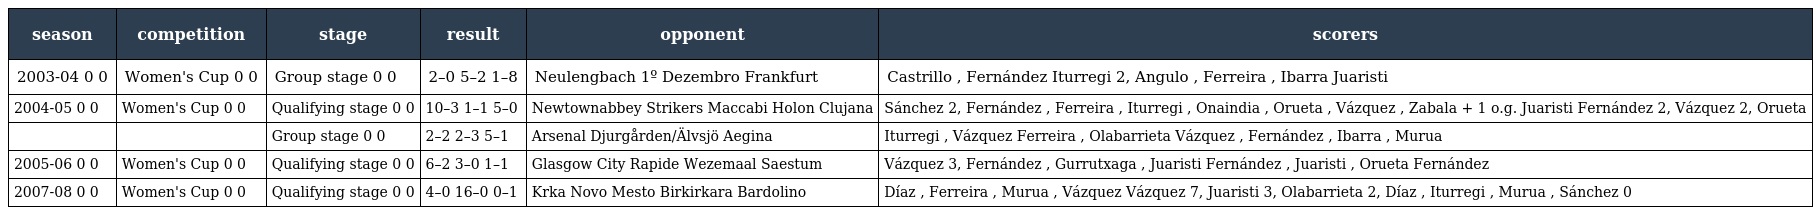
| season | competition | stage | result | opponent | scorers |
 | --- | --- | --- | --- | --- | --- |
 | 2003-04 0 0 | Women's Cup 0 0 | Group stage 0 0 | 2–0 5–2 1–8 | Neulengbach 1º Dezembro Frankfurt | Castrillo , Fernández Iturregi 2, Angulo , Ferreira , Ibarra Juaristi |
 | 2004-05 0 0 | Women's Cup 0 0 | Qualifying stage 0 0 | 10–3 1–1 5–0 | Newtownabbey Strikers Maccabi Holon Clujana | Sánchez 2, Fernández , Ferreira , Iturregi , Onaindia , Orueta , Vázquez , Zabala + 1 o.g. Juaristi Fernández 2, Vázquez 2, Orueta |
 |  |  | Group stage 0 0 | 2–2 2–3 5–1 | Arsenal Djurgården/Älvsjö Aegina | Iturregi , Vázquez Ferreira , Olabarrieta Vázquez , Fernández , Ibarra , Murua |
 | 2005-06 0 0 | Women's Cup 0 0 | Qualifying stage 0 0 | 6–2 3–0 1–1 | Glasgow City Rapide Wezemaal Saestum | Vázquez 3, Fernández , Gurrutxaga , Juaristi Fernández , Juaristi , Orueta Fernández |
 | 2007-08 0 0 | Women's Cup 0 0 | Qualifying stage 0 0 | 4–0 16–0 0–1 | Krka Novo Mesto Birkirkara Bardolino | Díaz , Ferreira , Murua , Vázquez Vázquez 7, Juaristi 3, Olabarrieta 2, Díaz , Iturregi , Murua , Sánchez 0 |